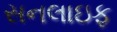
સનલાઇફ